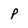
Character: p